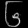
Digit: ၆